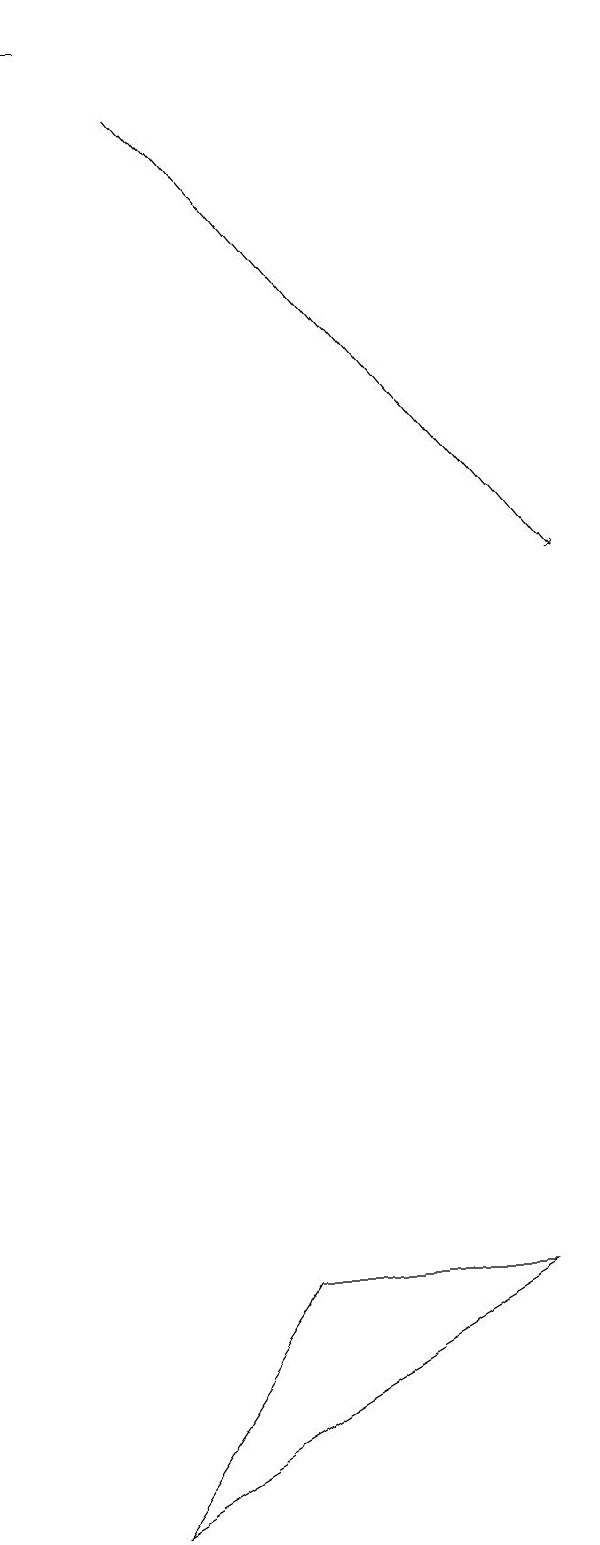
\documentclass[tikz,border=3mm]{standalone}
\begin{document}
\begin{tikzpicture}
\draw[->] (4,18) -- (9,12);
\draw (3,19) rectangle (2,19);
\draw (3,0) -- (8,3) -- (5,3) -- cycle;
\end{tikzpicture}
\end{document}